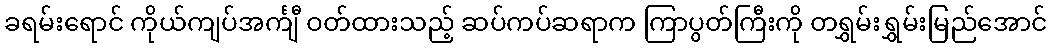
ခရမ်းရောင် ကိုယ်ကျပ်အင်္ကျီ ဝတ်ထားသည့် ဆပ်ကပ်ဆရာက ကြာပွတ်ကြီးကို တရွှမ်းရွှမ်းမြည်အောင်